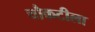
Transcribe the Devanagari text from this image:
चौकटीला